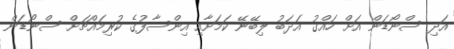
އަދި ސްނޯޑަން އަށް ހައްގު އަދަބު ލިބޭނޭ ކަމަށާއި އިންސާފުގެ ކުރިމައްޗަށް ސްނޯޑަން